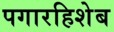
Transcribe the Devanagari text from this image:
पगारहिशेब